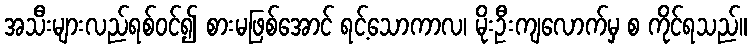
အသီးများလည်ရစ်ဝင်၍ စားမဖြစ်အောင် ရင့်သောကာလ၊ မိုးဦးကျလောက်မှ စ ကိုင်ရသည်။